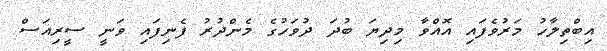
އިބްތިލާހު މަރުވެފައި އޮއްވާ މިދިޔަ ބުދަ ދުވަހުގެ މެންދުރު ފެނިފައި ވަނީ ސީރިއަސް